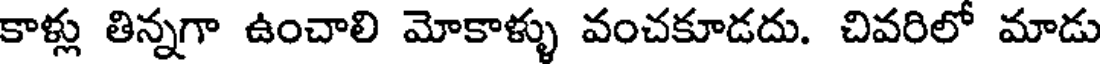
కాళ్లు తిన్నగా ఉంచాలి మోకాళ్ళు వంచకూడదు. చివరిలో మాడు